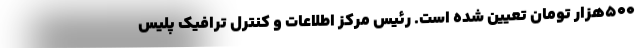
۵۰۰هزار تومان تعیین شده است. رئیس مرکز اطلاعات و کنترل ترافیک پلیس